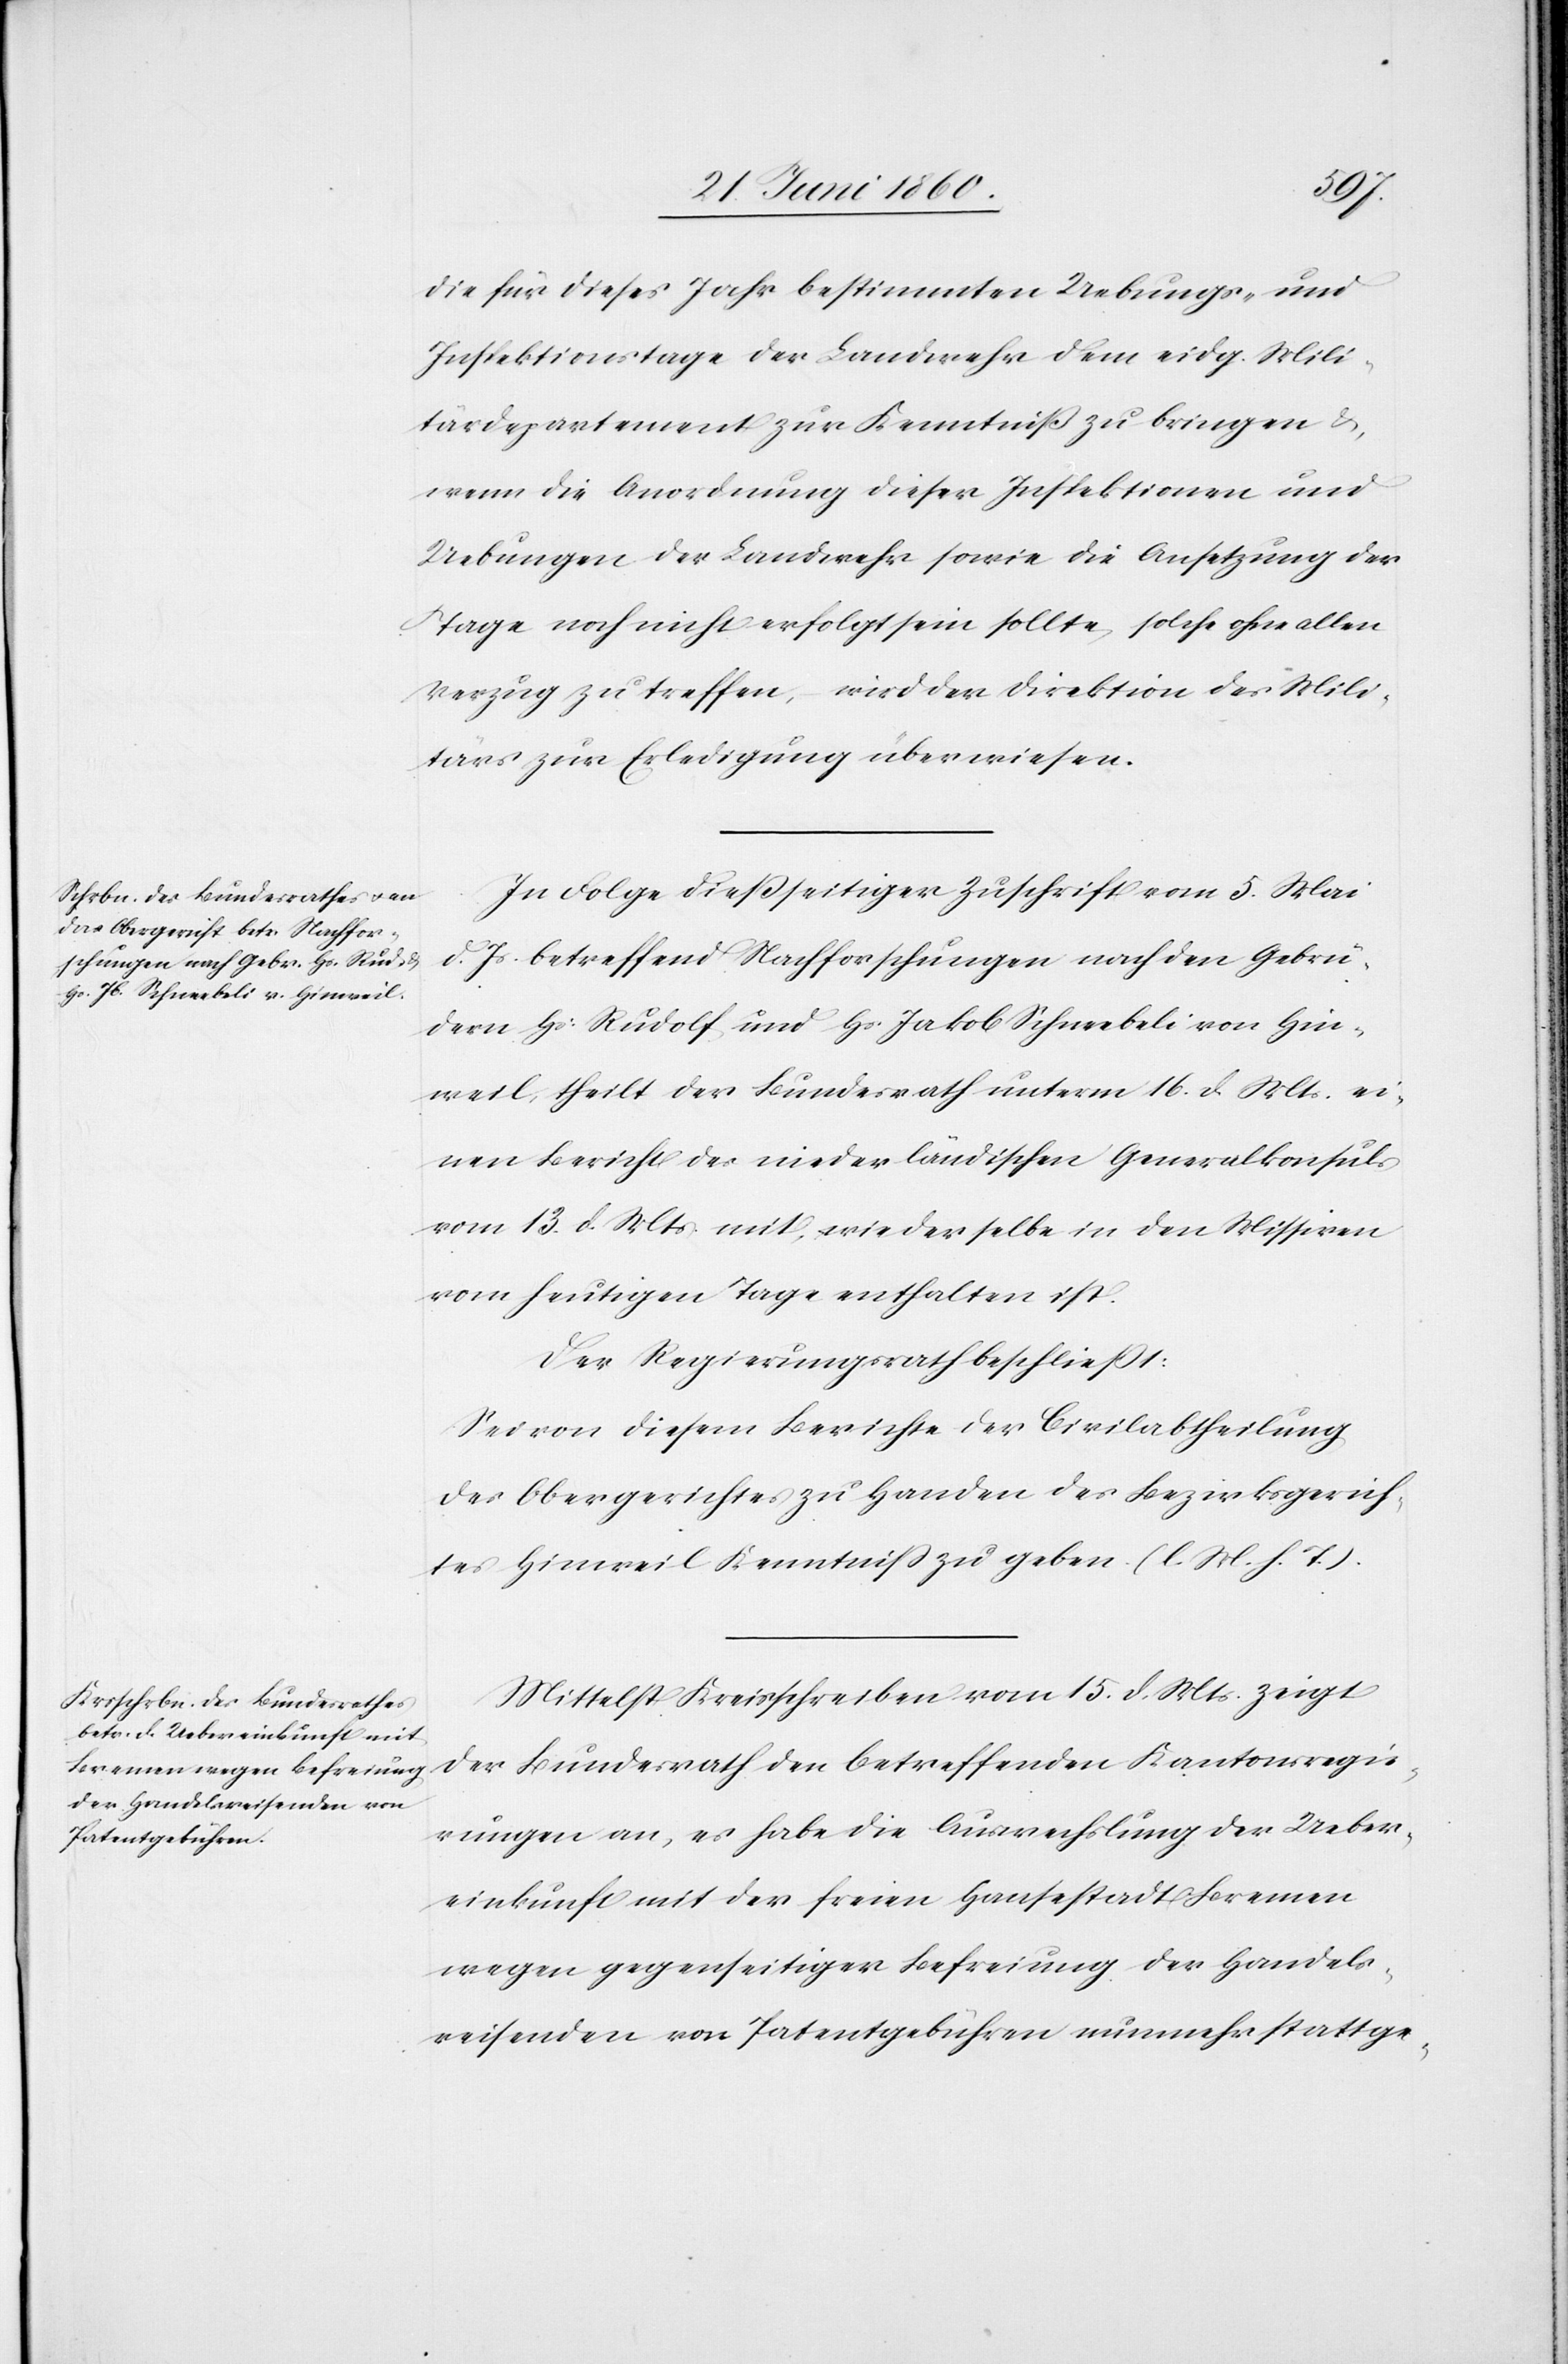
die für dieses Jahr bestimmten Uebungs- und
Inspektionstage der Landwehr dem eidg. Mili¬
tärdepartement zur Kenntniß zu bringen u.
wenn die Anordnung dieser Inspektionen und
Uebungen der Landwehr sowie die Ansetzung der
Tage noch nicht erfolgt sein sollte, solche ohne allen
Verzug zu treffen, wird der Direktion des Mili¬
tärs zur Erledigung überwiesen.
In Folge diesseitiger Zuschrift vom 5. Mai
d. Js. betreffend Nachforschungen nach den Gebrü¬
dern Hs. Rudolf und Hs. Jakob Schneebeli von Hin¬
weil, theilt der Bundesrath unterm 16. d. Mts. ei¬
nen Bericht des niederländischen Generalkonsuls
vom 13. d. Mts. mit, wie derselbe in den Missiven
vom heutigen Tage enthalten ist.
Der Regierungsrath beschliesst:
Sei von diesem Berichte der Civilabtheilung
des Obergerichtes zu Handen des Bezirksgerich¬
tes Hinweil Kenntniss zu geben. (l. M. h. T.).
Mittelst Kreisschreiben vom 15. d. Mts. zeigt
der Bundesrath den betreffenden Kantonsregie¬
rungen an, es habe die Auswechslung der Ueber¬
einkunft mit der freien Hansestadt Bremen
wegen gegenseitiger Befreiung der Handels¬
reisenden von Patentgebühren nunmehr stattge-